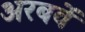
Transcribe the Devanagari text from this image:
अरबवें